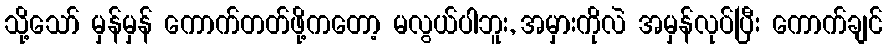
သို့သော် မှန်မှန် ကောက်တတ်ဖို့ကတော့ မလွယ်ပါဘူး, အမှားကိုလဲ အမှန်လုပ်ပြီး ကောက်ချင်